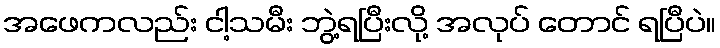
အဖေကလည်း ငါ့သမီး ဘွဲ့ရပြီးလို့ အလုပ် တောင် ရပြီပဲ။